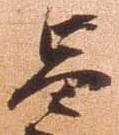
昌